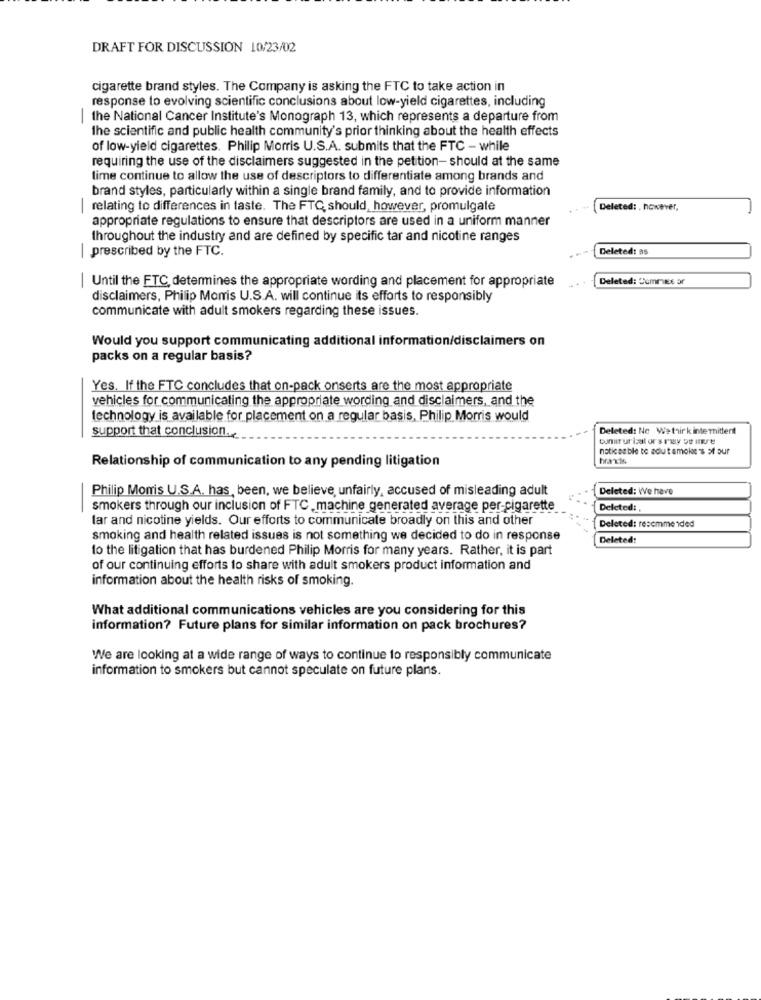
DRAFT FOR DISCUSSION 10/23/02
cigarette brand styles. The Company is asking the FTC to take action in
response to evolving scientific conclusions about low-yield cigarettes, including
the National Cancer Institute's Monograph 13, which represents a departure from
the scientific and public health community's prior thinking about the health effects
of low-yield cigarettes. Philip Morris U.S.A. submits that the FTC - while
requiring the use of the disclaimers suggested in the petition- should at the same
lime continue to allow the use of descriptors to differentiate among brands and
brand styles, particularly within a single brand family, and to provide information
|relating to differences in taste. The FTC, should, however, promulgate
Deleted: . however,
appropriate regulations to ensure that descriptors are used in a uniform manner
throughout the industry and are defined by specific tar and nicotine ranges
| prescribed by the FTC.
Deleted: as
| Until the FTC, determines the appropriate wording and placement for appropriate
Deleted: Commies or
disclaimers, Philip Morris U.S.A. will continue its efforts to responsibly
communicate with adult smokers regarding these issues.
Would you support communicating additional information/disclaimers on
packs on a regular basis?
Yes. If the FTC concludes that on-pack onserts are the most appropriate
vehicles for communicating the appropriate wording and disclaimers, and the
technology is available for placement on a regular basis, Philip Morris would
Deleted: Ne We think intermittent
support that conclusion ..
noticeable te adutamoles's of our
Relationship of communication to any pending litigation
Philip Momis U.S.A. has, been, we believe, unfairly, accused of misleading adult
Deleted: We have
-
smokers through our inclusion of FTC machine generated average per-cigarette
Deleted: ,
tar and nicotine yields. Our efforts to communicate broadly on this and other
Deleted: recommended
smoking and health related issues is not something we decided to do in response
Deleted:
to the litigation that has burdened Philip Morris for many years. Rather, it is part
of our continuing efforts to share with adult smokers product information and
information about the health risks of smoking.
What additional communications vehicles are you considering for this
information? Future plans for similar information on pack brochures?
We are looking at a wide range of ways to continue to responsibly communicate
information to smokers but cannot speculate on future plans.